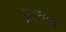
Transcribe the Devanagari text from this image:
पुराणामु